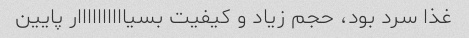
غذا سرد بود، حجم زیاد و کیفیت بسیاااااااااار پایین